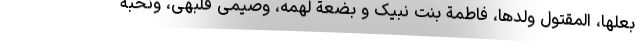
بعلها، المقتول ولدها، فاطمة بنت نبیک و بضعة لهمه، وصیمی قلبهی، ونخبة